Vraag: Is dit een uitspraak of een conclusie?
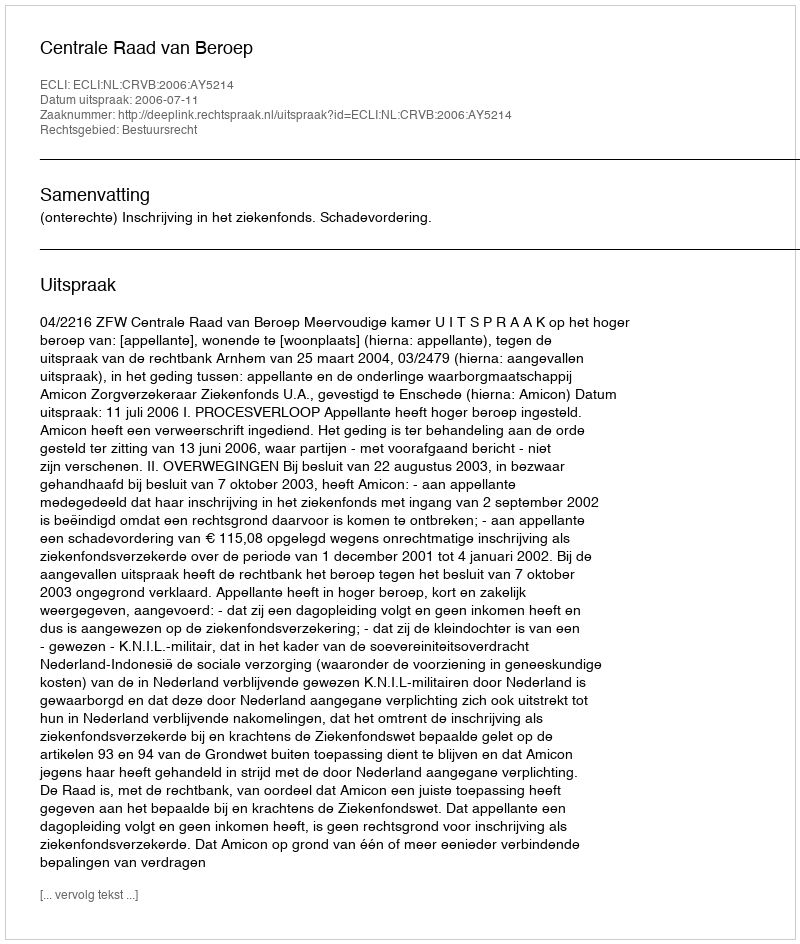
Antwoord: Uitspraak